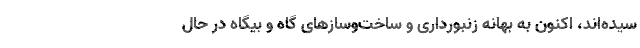
سیده‌اند، اکنون به بهانه زنبورداری و ساخت‌وسازهای گاه و بیگاه در حال